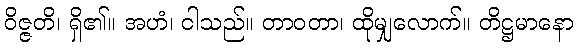
ဝိဇ္ဇတိ၊ ရှိ၏။ အဟံ၊ ငါသည်။ တာဝတာ၊ ထိုမျှလောက်။ တိဋ္ဌမာနော